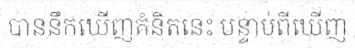
បាននឹកឃើញគំនិតនេះ បន្ទាប់ពីឃើញ